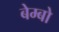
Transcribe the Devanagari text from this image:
बेम्बो